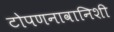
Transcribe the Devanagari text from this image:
टोपणनावानिशी